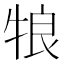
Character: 𰠵